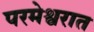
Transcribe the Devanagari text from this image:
परमेश्वरात